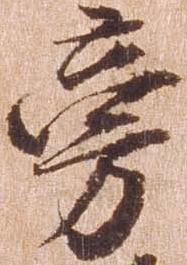
旁